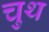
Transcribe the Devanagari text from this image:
चुथ